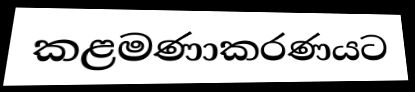
කළමණාකරණයට